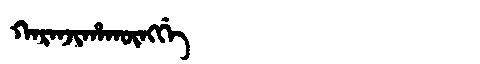
Manchu: ᡴᠠᡵᠠᠨᠵᡳᡥᠠᡴᡡᠩᡤᡝ
Romanization: KARANJIHAKŪNGGE